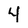
Character: 4